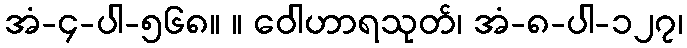
အံ-၄-ပါ-၅၆၈။ ။ ဝေါဟာရသုတ်၊ အံ-၈-ပါ-၁၂၇၊